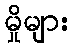
မှိုများ